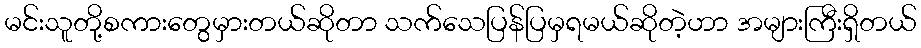
မင်းသူတို့စကားတွေမှားတယ်ဆိုတာ သက်သေပြန်ပြမှရမယ်ဆိုတဲ့ဟာ အများကြီးရှိတယ်